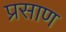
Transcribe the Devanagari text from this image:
प्रसाण